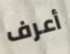
أعرف